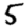
Digit: 5